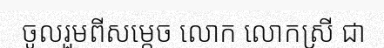
ចូលរួមពីសម្តេច លោក លោកស្រី ជា